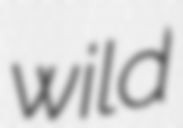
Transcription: wild